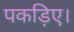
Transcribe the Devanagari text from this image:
पकड़िए।